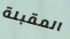
المقبلة